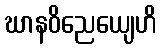
ဃာနဝိညေယျေဟိ